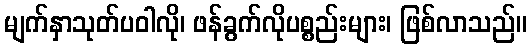
မျက်နှာသုတ်ပဝါလို၊ ဖန်ခွက်လိုပစ္စည်းများ၊ ဖြစ်လာသည်။